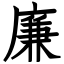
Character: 廉